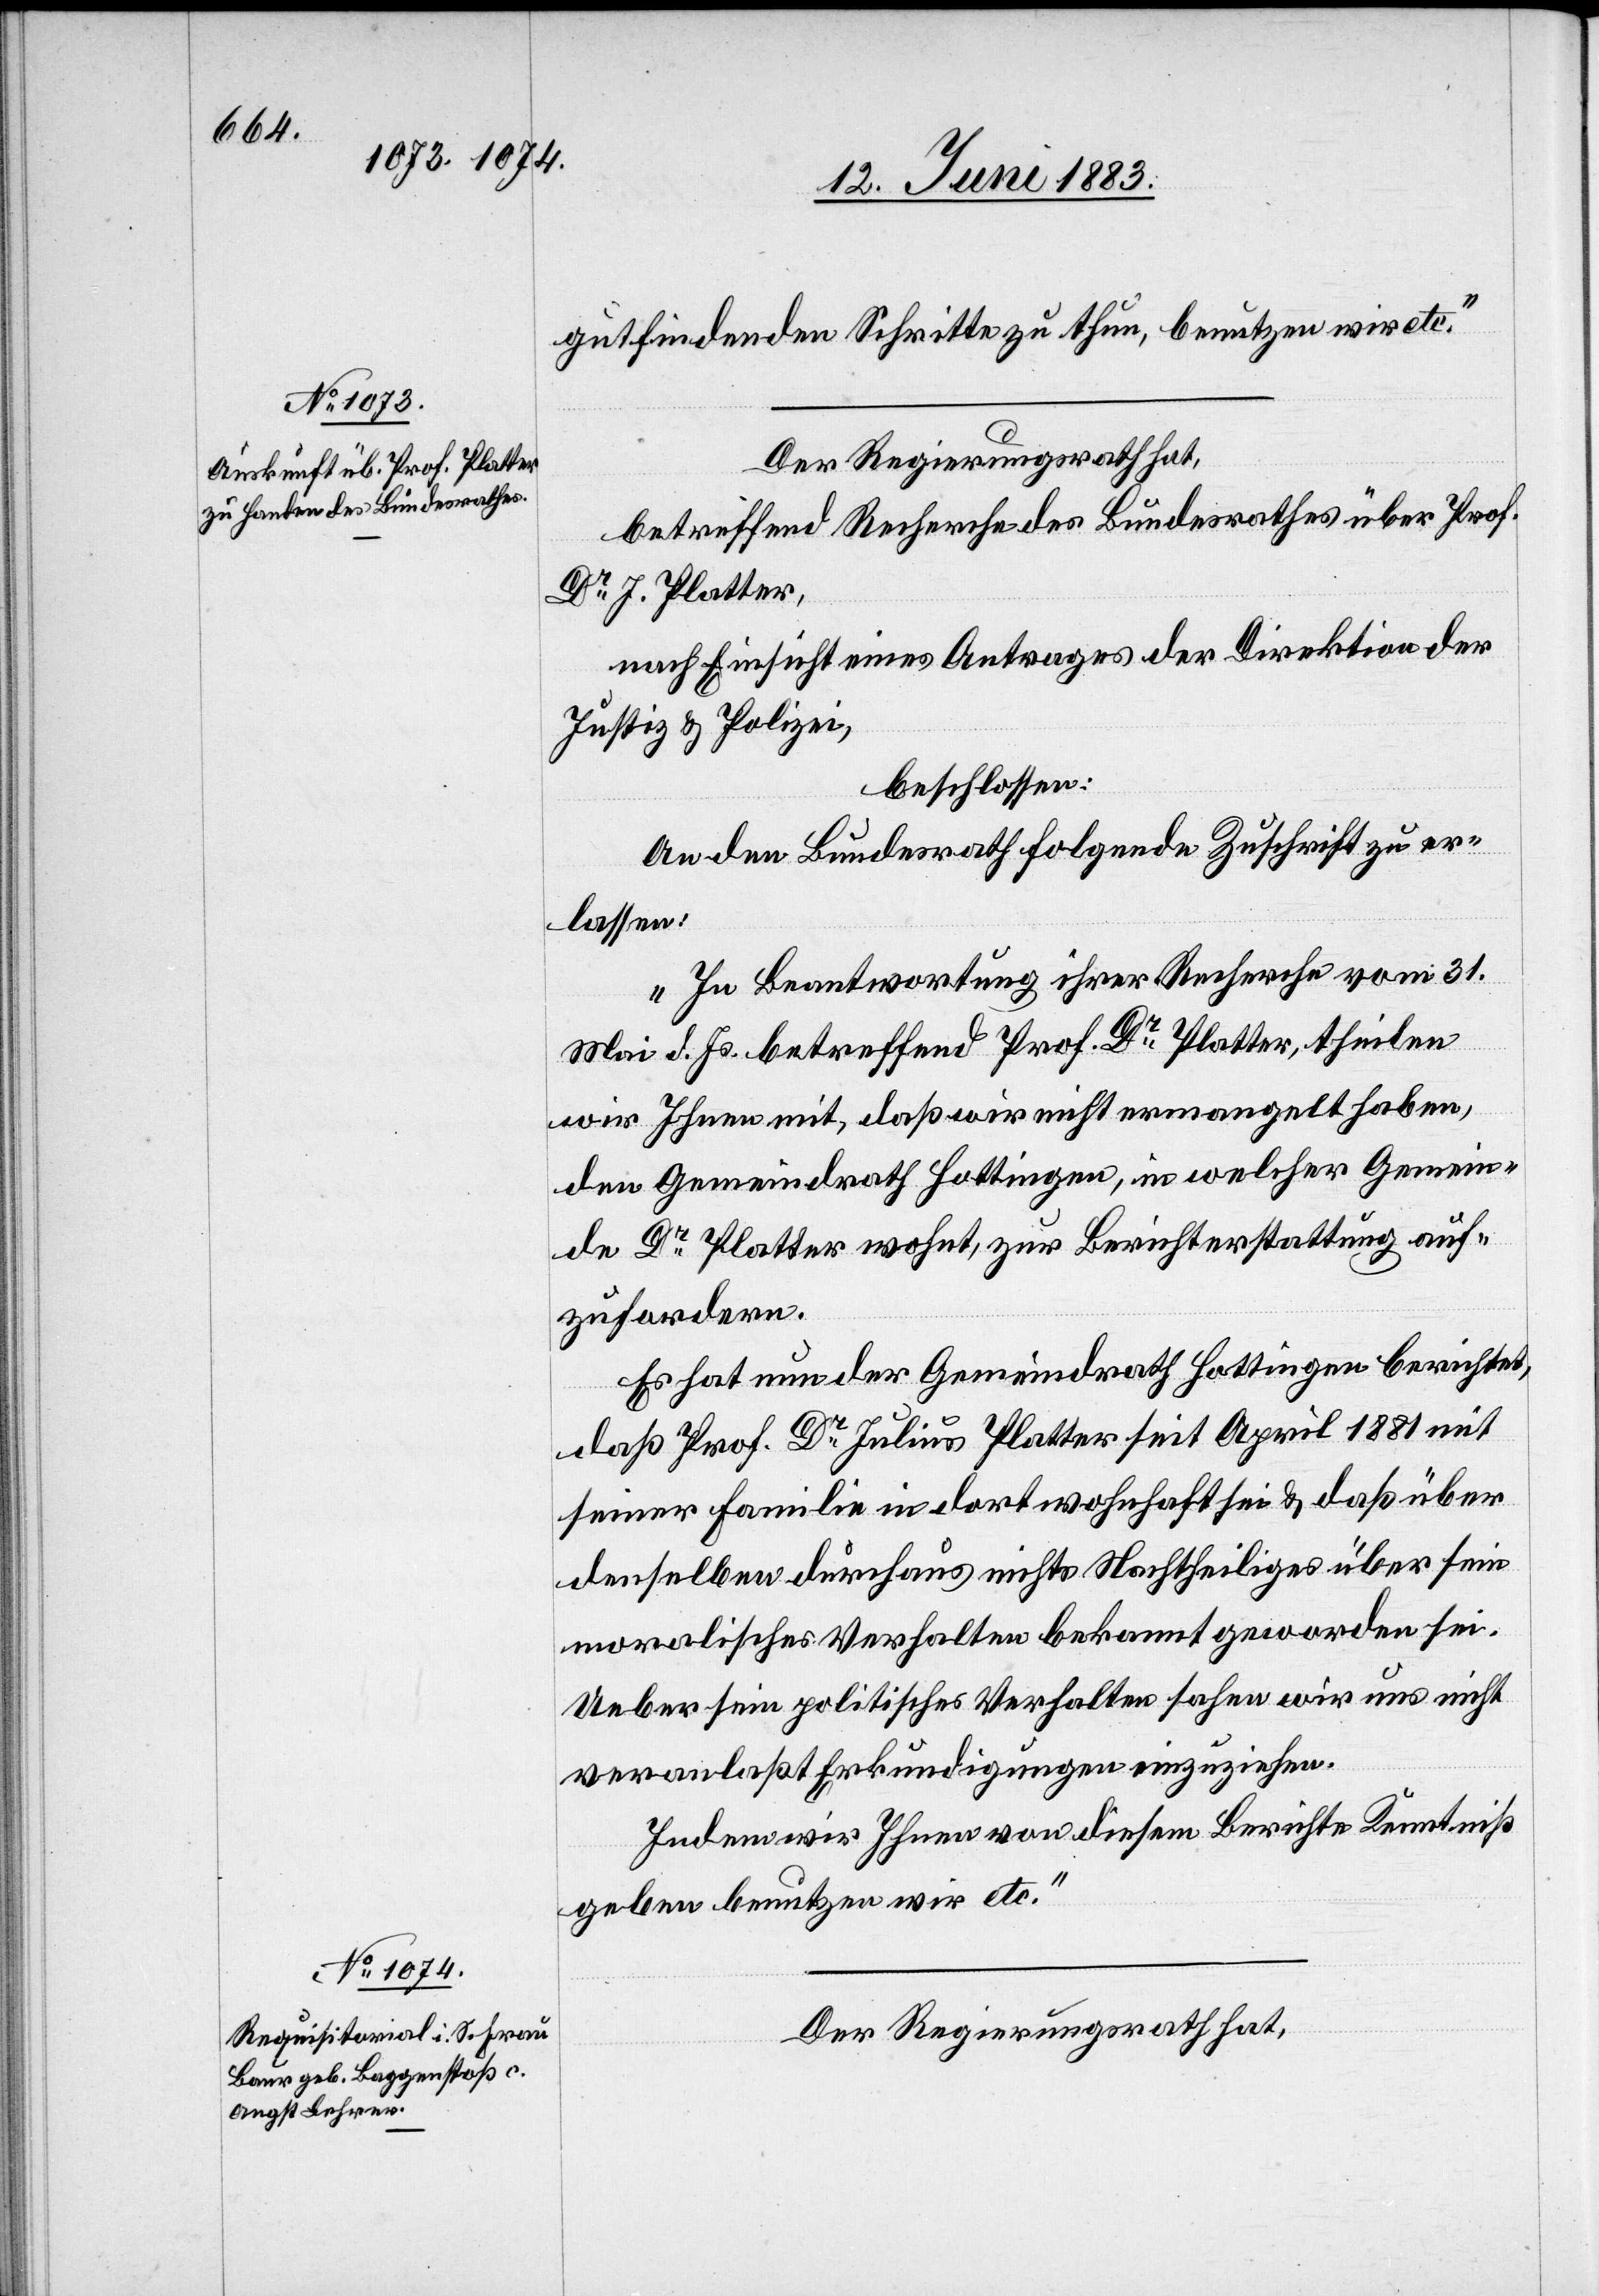
gutfindenden Schritte zu thun, benutzen wir etc.“
Der Regierungsrath hat,
betreffend Recherche des Bundesrathes über Prof.
Dr J. Platter,
nach Einsicht eines Antrages der Direktion der
Justiz & Polizei,
beschlossen:
An den Bundesrath folgende Zuschrift zu er¬
lassen:
„In Beantwortung ihrer Recherche vom 31.
Mai d. Js. betreffend Prof. Dr Platter, theilen
wir Ihnen mit, daß wir nicht ermangelt haben,
den Gemeindrath Hottingen, in welcher Gemein¬
de Dr Platter wohnt, zur Berichterstattung auf¬
zufordern.
Es hat nun der Gemeindrath Hottingen berichtet,
daß Prof. Dr Julius Platter seit April 1881 mit
seiner Familie in dort wohnhaft sei & daß über
denselben durchaus nichts Nachtheiliges über sein
moralisches Verhalten bekannt geworden sei.
Ueber sein politisches Verhalten sahen wir uns nicht
veranlaßt Erkundigungen einzuziehen.
Indem wir Ihnen von diesem Berichte Kenntniß
geben benutzen wir etc.“
Der Regierungsrath hat,